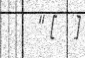
" [   ]